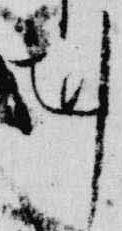
剋